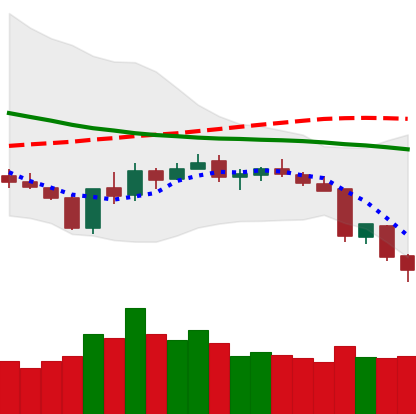
Ticker: XLM-USD
Chart end date: 2018-06-13
Forward return: 5.72%
Label: up_5_7